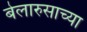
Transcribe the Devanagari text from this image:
बेलारुसाच्या